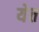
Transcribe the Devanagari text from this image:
येत्त